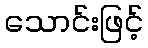
သောင်းဖြင့်